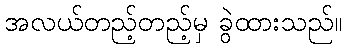
အလယ်တည့်တည့်မှ ခွဲထားသည်။